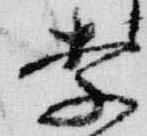
李